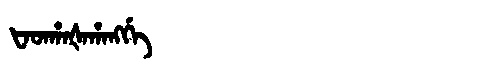
Manchu: ᡶᠠᡨᡥᠠᡧᠠᡥᠠᠩᡤᡝ
Romanization: FATHAŠAHANGGE